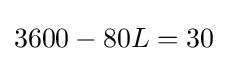
3600-80L=30